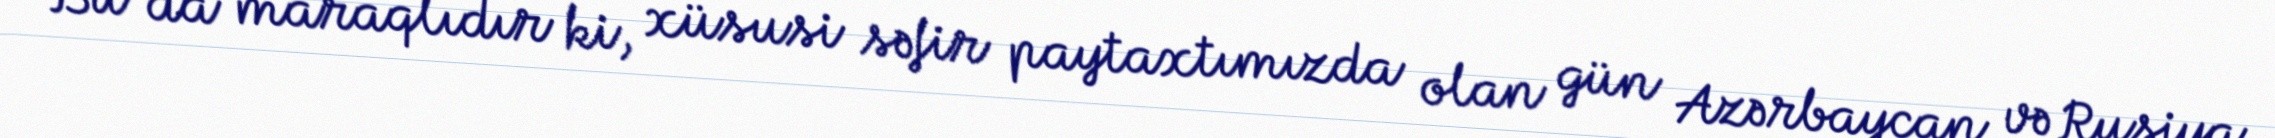
Bu da maraqlıdır ki, xüsusi səfir paytaxtımızda olan gün Azərbaycan və Rusiya